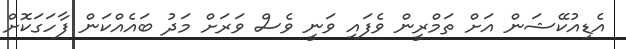
އެޑިއުކޭޝަން އަށް ތަމްރީން ވެފައި ވަނީ ވެސް ވަރަށް މަދު ބައެއްކަން ފާހަގަކޮށް